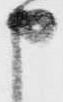
申